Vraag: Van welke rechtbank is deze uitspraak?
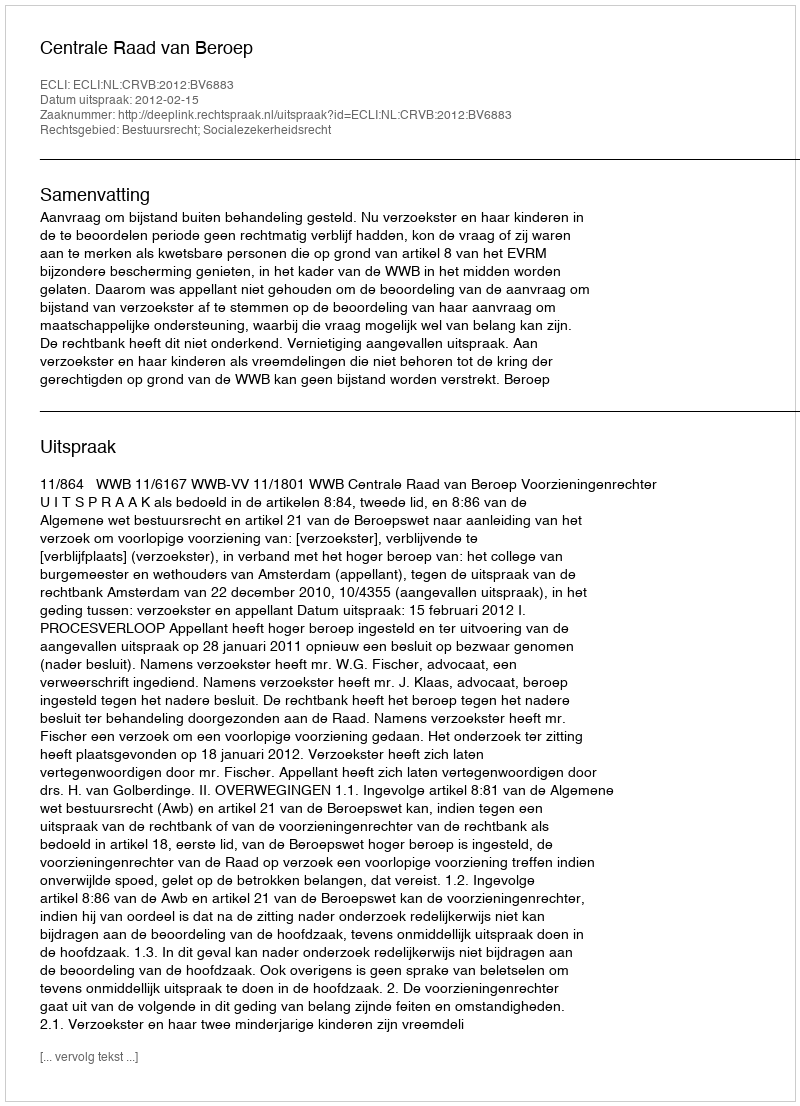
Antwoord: Centrale Raad van Beroep